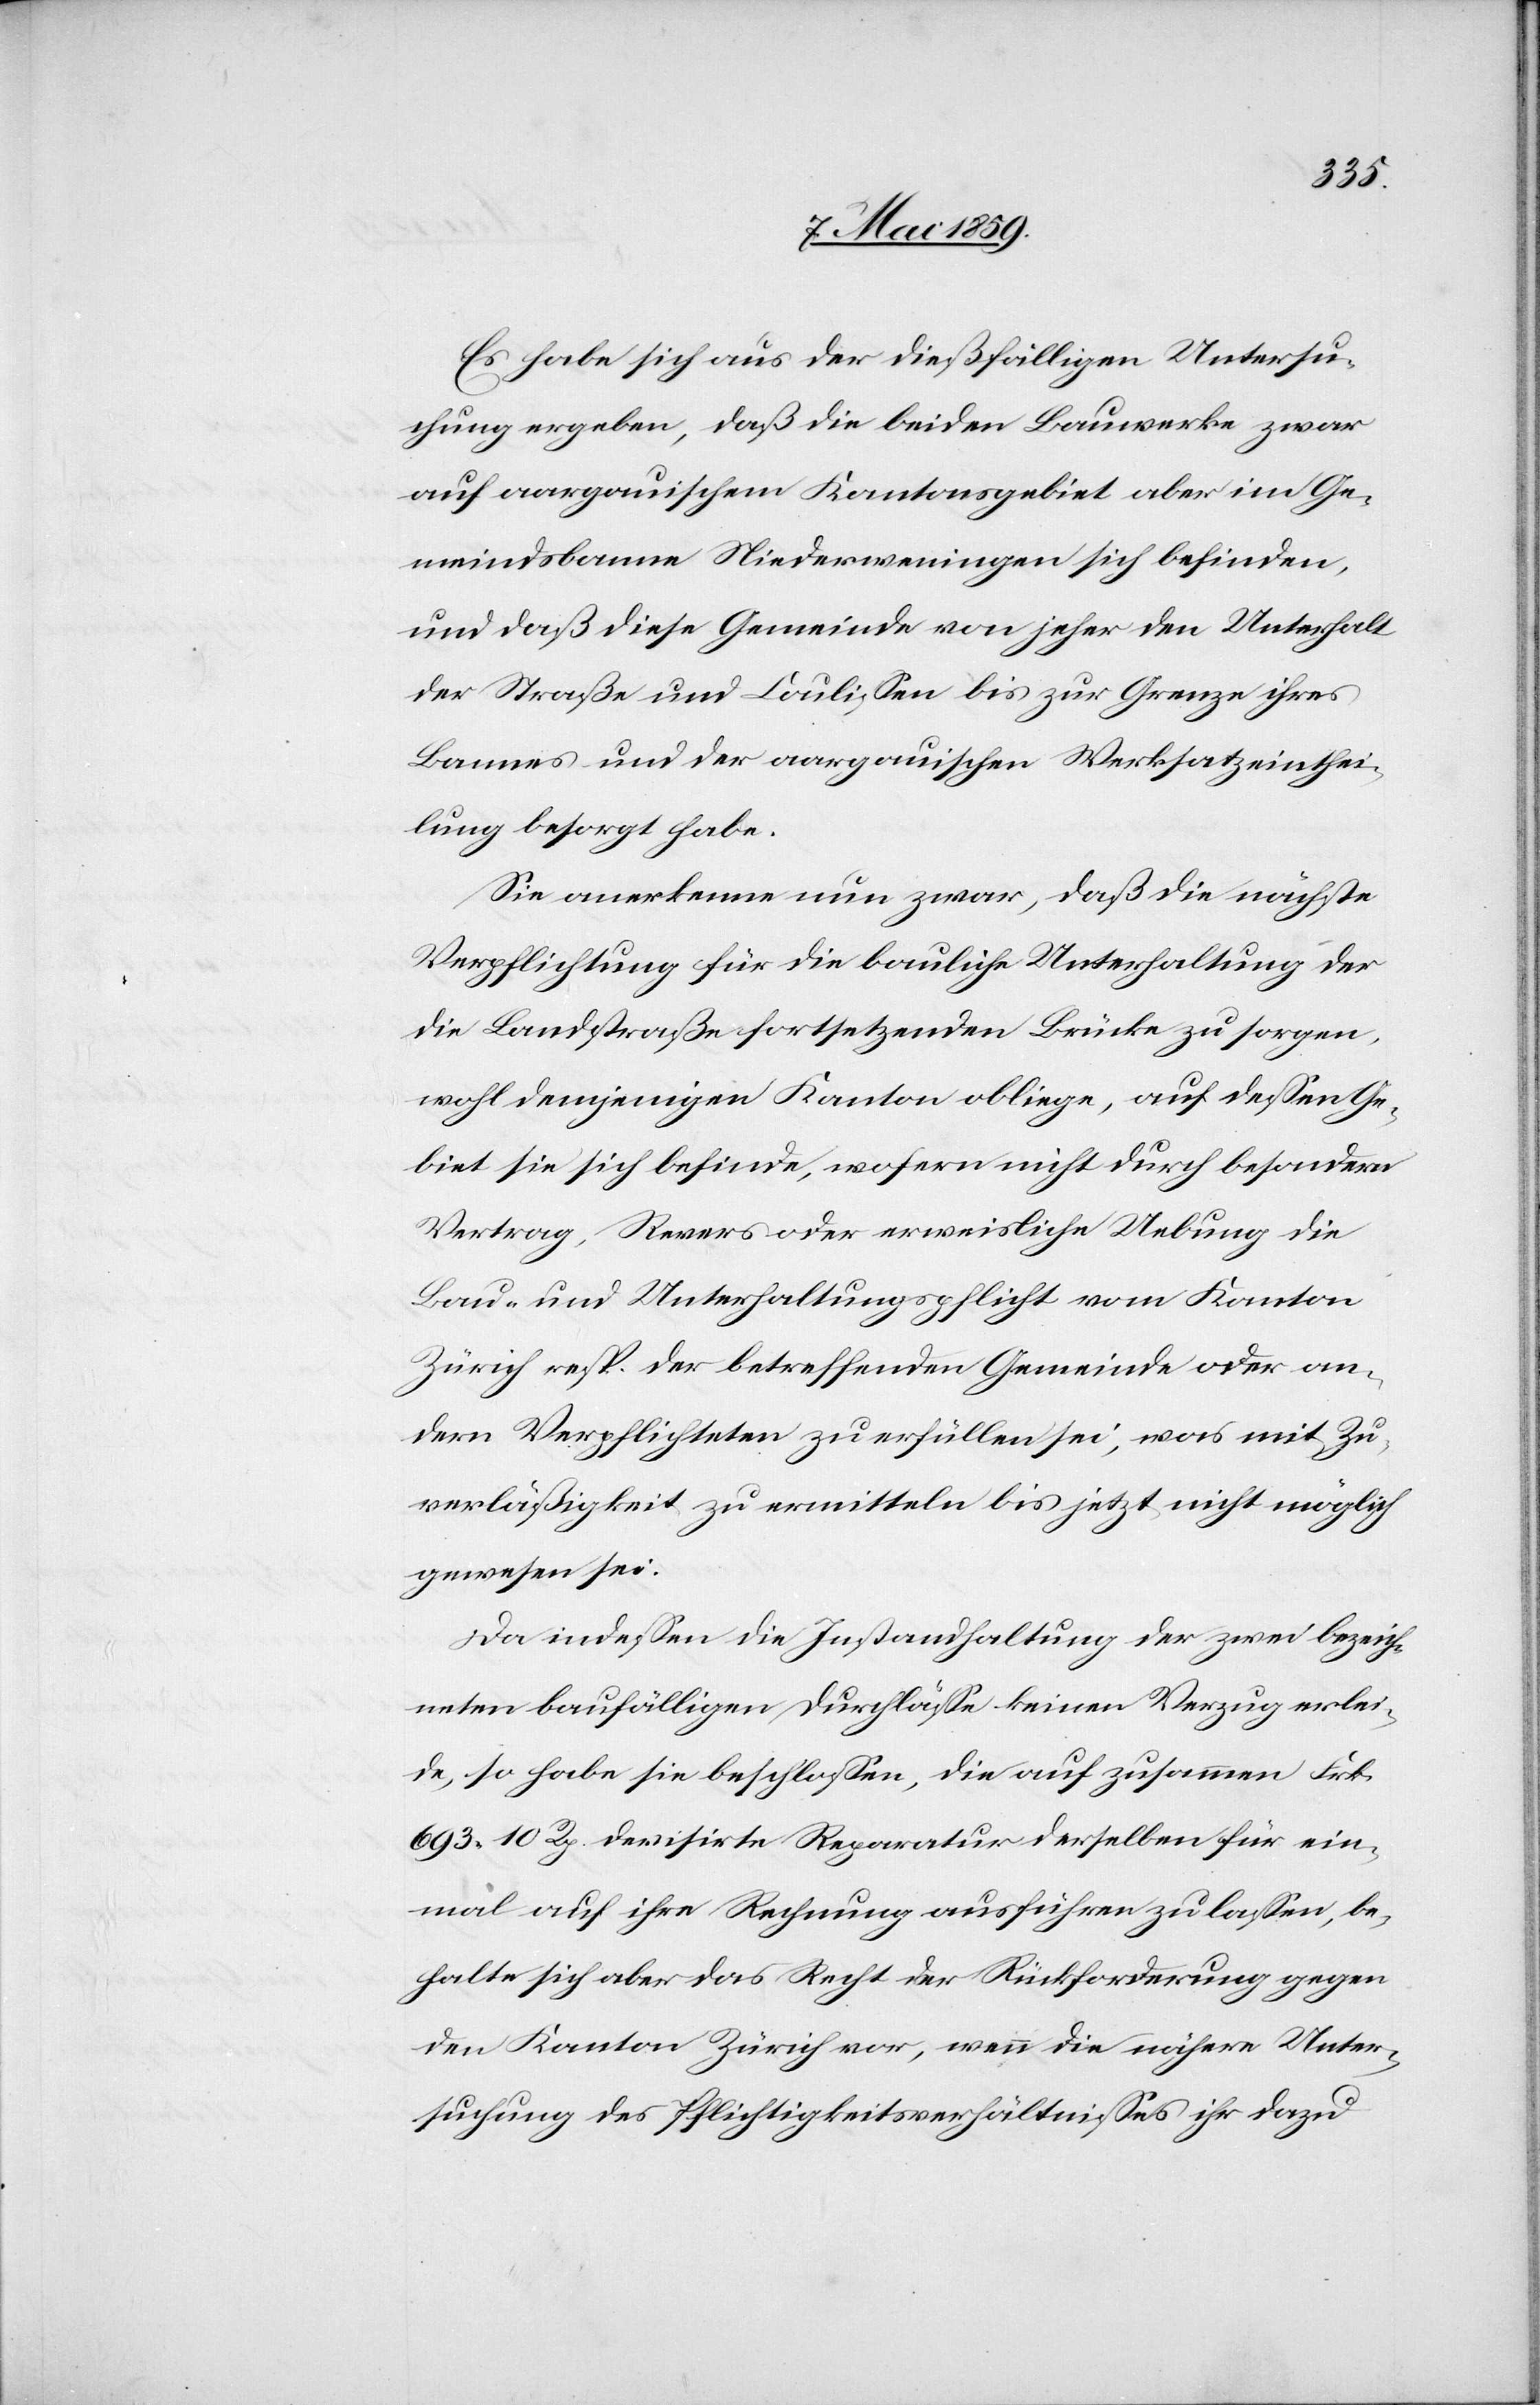
Es habe sich aus der dießfälligen Untersu¬
chung ergeben, daß die beiden Bauwerke zwar
auf aargauischem Kantonsgebiet aber im Ge¬
meindsbanne Niederweningen sich befinden,
und daß diese Gemeinde von jeher den Unterhalt
der Straße und Couliße bis zur Grenze ihres
Bannes und der aargauischen Werksatzeinthei¬
lung besorgt habe.
Sie anerkenne nun zwar, daß die nächste
Verpflichtung für die bauliche Unterhaltung der
die Landstraße fortsetzenden Brücke zu sorgen,
wohl demjenigen Kanton obliege, auf deßen Ge¬
biet sie sich befinde, wofern nicht durch besondern
Vertrag, Revers oder erweisliche Uebung die
Bau- und Unterhaltungspflicht vom Kanton
Zürich resp. der betreffenden Gemeinde oder an¬
dern Verpflichteten zu erfüllen sei, was mit Zu¬
verläßigkeit zu ermitteln bis jetzt nicht möglich
gewesen sei.
Da indeßen die Instandhaltung der zwei bezeich¬
neten baufälligen Durchläße keinen Verzug erlei¬
de, so habe sie beschloßen, die auf zusammen Frk.
693 10 Rp. devisirte Reparatur derselben für ein¬
mal auf ihre Rechnung ausführen zu laßen, be¬
halte sich aber das Recht der Rückforderung gegen
den Kanton Zürich vor, wenn die nähere Unter¬
suchung des Pflichtigkeitsverhältnißes ihr dazu